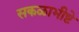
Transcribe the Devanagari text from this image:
सकळाभीष्टे